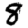
Digit: 8